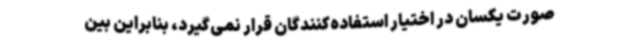
صورت یکسان در اختیار استفاده‌کنندگان قرار نمی‌گیرد، بنابراین بین